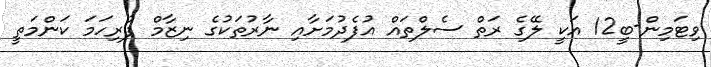
ވިޓަމިން-ބީ12 އަކީ ލޭގެ ރަތް ސެލްތައް އުފެދުމަށާއި ނާރުތަކުގެ ނިޒާމް ފުރިހަމަ ކަންމަތީ